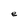
Character: e